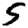
Digit: 5